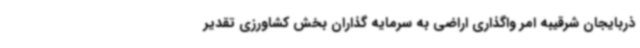
ذربایجان شرقیبه امر واگذاری اراضی به سرمایه گذاران بخش کشاورزی تقدیر